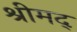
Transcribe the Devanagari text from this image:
श्रीमद्‌